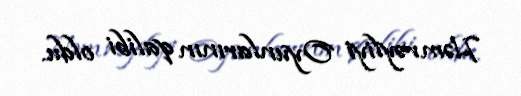
Həmrəyliyi Oyunlarının qalibi oldu.